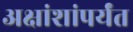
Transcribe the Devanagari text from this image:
अक्षांशांपर्यंत